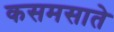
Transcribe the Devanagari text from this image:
कसमसाते